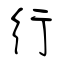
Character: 行